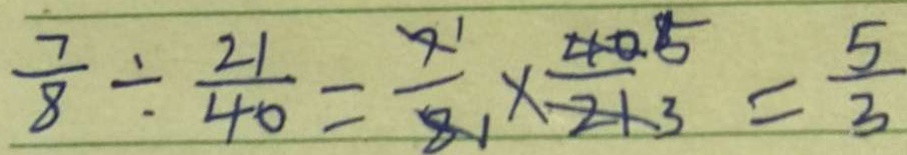
\frac { 7 } { 8 } \div \frac { 2 1 } { 4 0 } = \frac { 7 } { 8 } \times \frac { 4 0 } { 2 1 } = \frac { 5 } { 3 }